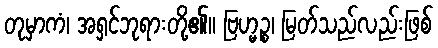
တုမှာကံ၊ အရှင်ဘုရားတို့၏။ ဗြဟ္မဉ္စ၊ မြတ်သည်လည်းဖြစ်